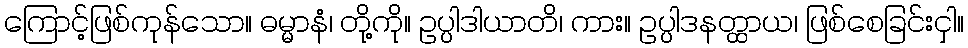
ကြောင့်ဖြစ်ကုန်သော။ ဓမ္မာနံ၊ တို့ကို။ ဥပ္ပါဒါယာတိ၊ ကား။ ဥပ္ပါဒနတ္ထာယ၊ ဖြစ်စေခြင်းငှါ။